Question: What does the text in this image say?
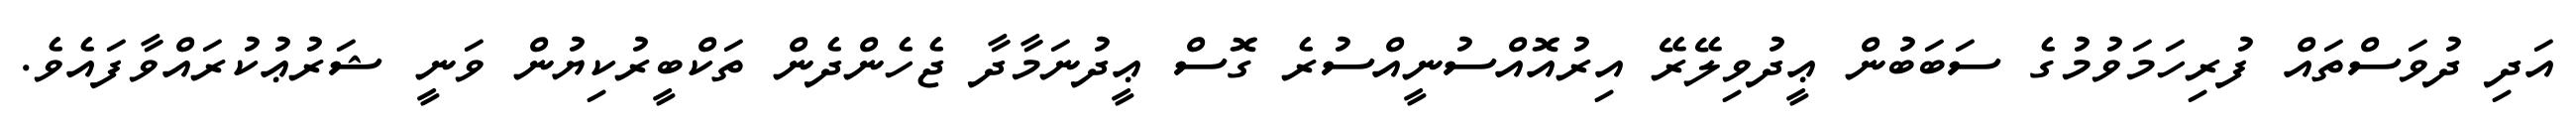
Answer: އަދި ދުވަސްތައް ފުރިހަމަވުމުގެ ސަބަބުން ޢީދުވިލޭރޭ އިރުއޮއްސުނީއްސުރެ ގޮސް ޢީދުނަމާދާ ޖެހެންދެން ތަކްބީރުކިޔުން ވަނީ ޝަރުޢުކުރައްވާފައެވެ.